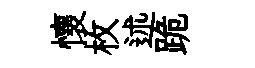
懷枚述跪